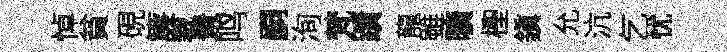
悼貧硯簾裁景鸣嗣洵梵蹟龍雖曠檉鎭允沆乞忧